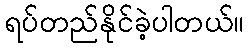
ရပ်တည်နိုင်ခဲ့ပါတယ်။